Maali_päevik, lk 380
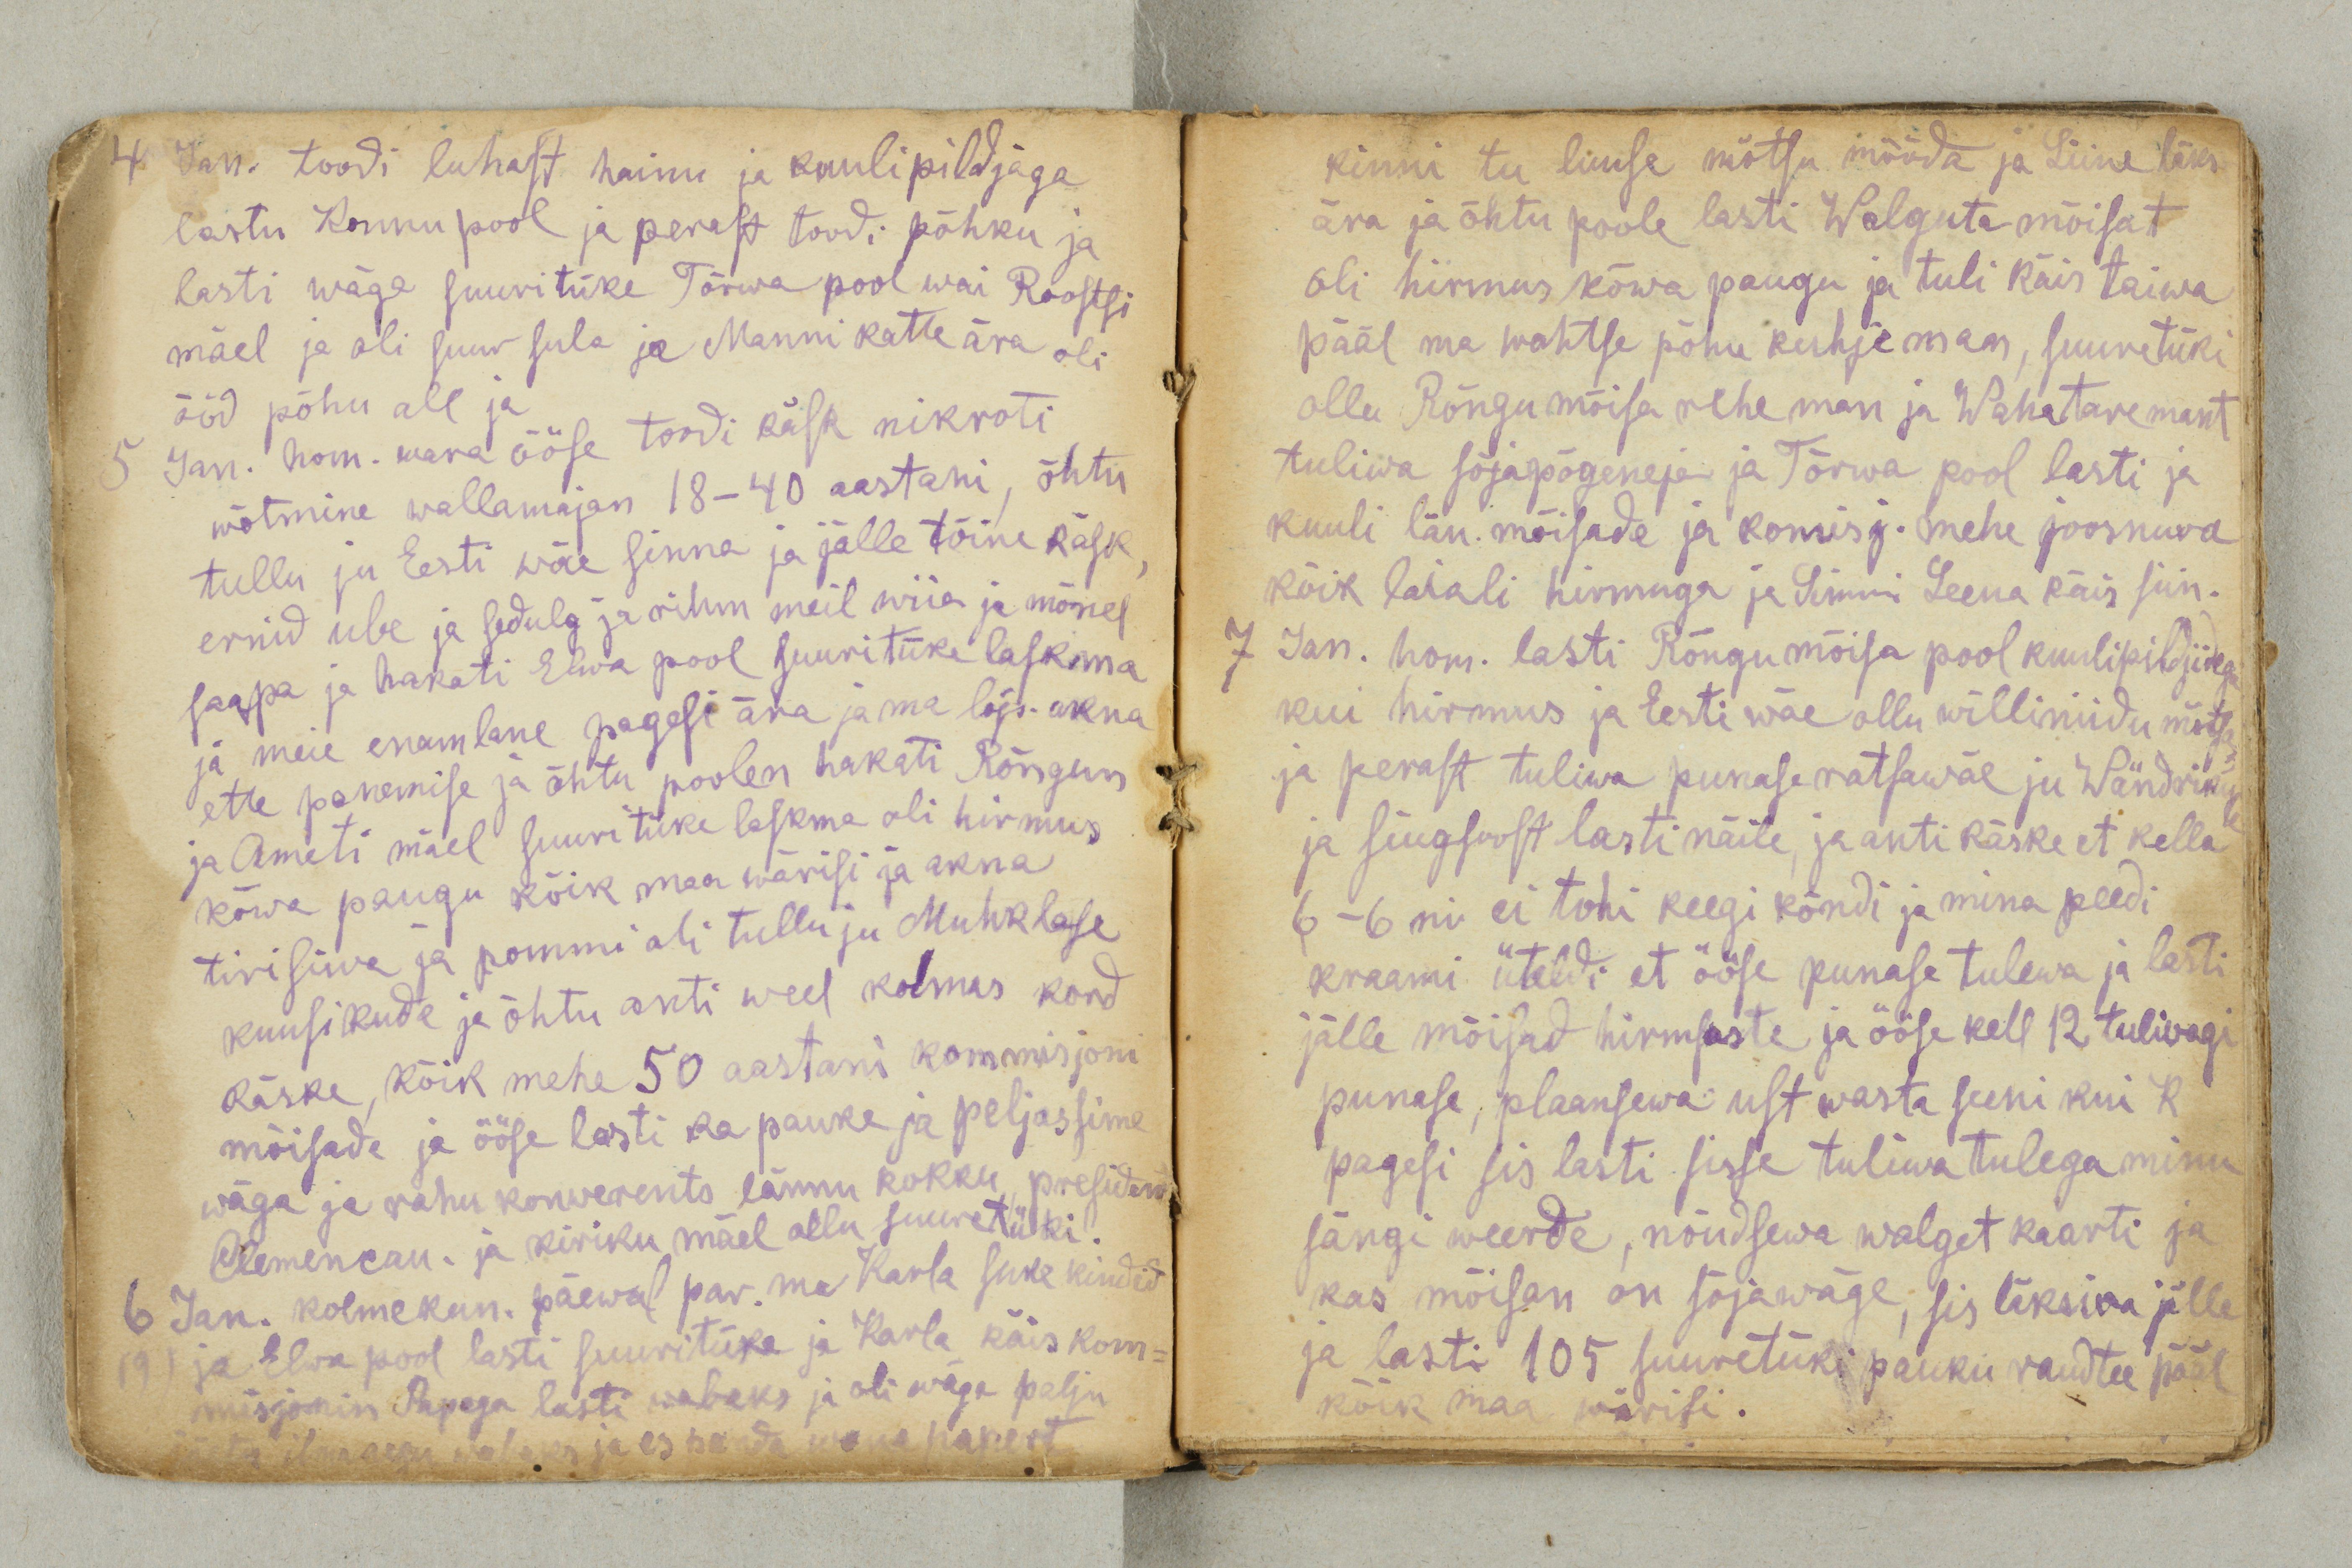
4 Jan. toodi luhast hainu ja kuulipildjaga
lastu Konnu pool ja perast toodi põhku ja
lasti wäga suuritüke Tõrwa pool wai Roostsi
mäel ja oli suur sula ja Manni katte ära oli
ööd põhu all ja
5 Jan. hom. wara ööse toodi käsk nikroti
wõtmine wallamajan 18-40 aastani, õhtu
tullu ju Eesti wäe sinna ja jälle tõine käsk,
ernid ube ja sedulg ja rihm meil wiia ja mõnel
saapa ja hakati Elwa pool suuritüke laskma
ja meie enamlane pagesi ära ja me lõp. akna
ette panemise ja õhtu poolen hakati Rõngun
ja Ameti mäel suuritüke laskma oli hirmus
kõwa paugu kõik maa wärisi ja akna
tirisiwa ja pommi oli tullu ju Muhklase
kuusikude ja õhtu anti weel kolmas kord
käske, kõik mehe 50 aastani kommisjoni
mõisade ja ööse lasti ka pauke ja peljassime
wäga ja rahu konverents lännu kokku presiden
Clemencau. ja kiriku mäel ollu suuretüki.
6 Jan. kolmekun. päewal par. ma Karla suke kindid
19) ja Elwa pool lasti suuritüke ja Karla käis kom-
misjonin Papaga lasti wabaks ja oli wäga palju
jäetu ilmaaegu wabaks ja es panda wana papert

kinni tuu luuse mõtsu mööda ja Liine läks
ära ja õhtu poole lasti Walguta mõisat
oli hirmus kõwa paugu ja tuli käis taiwa
pääl ma wahtse põhu kuhje man, suuretüki
ollu Rõngu mõisa rehe man ja Wahatare mant
tuliwa sõjapõgeneja ja Tõrwa pool lasti ja
kuuli län. mõisade ja komisj. mehe joosnuva
kõik laiali hirmuga ja Simmi Leena käis siin.
7 Jan. hom. lasti Rõngu mõisa pool kuulipildjidega
kui hirmus ja Eesti wäe ollu williniidu mõtsan
ja perast tuliwa punase ratsawäe ju Wändrik
ja siugsoost lasti näile, ja anti käske et kella
6-6ni ei tohi keegi kõndi ja mina peedi
kraami üteldi et ööse punase tulewa ja lasti
jälle mõisad hirmsaste ja ööse kell 12 tuliwagi
punase, plaansewa ust wasta seeni kui K
pagesi sis lasti sisse tuliwa tulega minu
sängi weerde, nõudsewa walget kaarti ja
kas mõisan on sõjawäge, sis läksiva jälle
ja lasti 105 suuretüki pauku raudtee pääl
kõik maa wärisi.